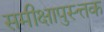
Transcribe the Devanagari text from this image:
समीक्षापुस्त्तक